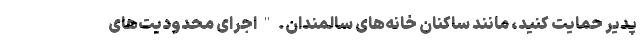
پدیر حمایت کنید، مانند ساکنان خانه‌های سالمندان. " اجرای محدودیت‌های